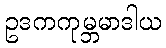
ဥဒကကုမ္ဘမာဒါယ